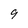
Character: 9